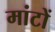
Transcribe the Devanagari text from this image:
मांटों